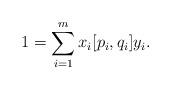
LaTeX: \begin{align*}1=\sum_{i=1}^m x_i[p_i,q_i]y_i.\end{align*}